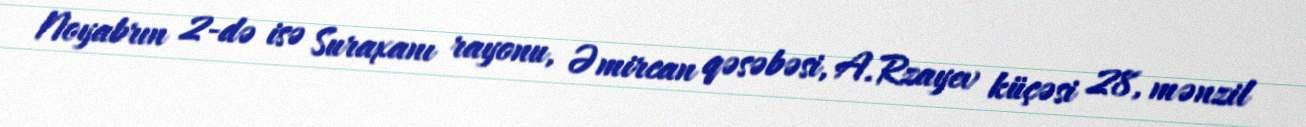
Noyabrın 2-də isə Suraxanı rayonu, Əmircan qəsəbəsi, A.Rzayev küçəsi 28, mənzil